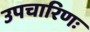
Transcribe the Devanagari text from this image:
उपचारिणः